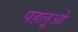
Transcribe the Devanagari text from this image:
पहलूओ